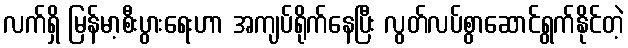
လက်ရှိ မြန်မာ့စီးပွားရေးဟာ အကျပ်ရိုက်နေပြီး လွတ်လပ်စွာဆောင်ရွက်နိုင်တဲ့